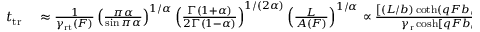
\begin{array} { r l } { t _ { \mathrm { t r } } } & { { } \approx \frac { 1 } { \gamma _ { \mathrm { r t } } ( F ) } \left( \frac { \pi \alpha } { \sin \pi \alpha } \right) ^ { 1 / \alpha } \left( \frac { \Gamma ( 1 + \alpha ) } { 2 \Gamma ( 1 - \alpha ) } \right) ^ { 1 / ( 2 \alpha ) } \left( \frac { L } { A ( F ) } \right) ^ { 1 / \alpha } \propto \frac { \left[ ( L / b ) \coth ( q F b / ( 2 k _ { \mathrm { B } } T ) ) \right] ^ { 1 / \alpha } } { \gamma _ { \mathrm { r } } \cosh [ q F b / ( 2 k _ { \mathrm { B } } T ) ] } } \end{array}